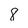
Character: 8